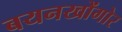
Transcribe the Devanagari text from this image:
बयनखोंगोर